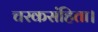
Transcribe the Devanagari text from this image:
चरकसंहिता।